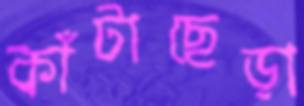
কাঁটাছেড়া